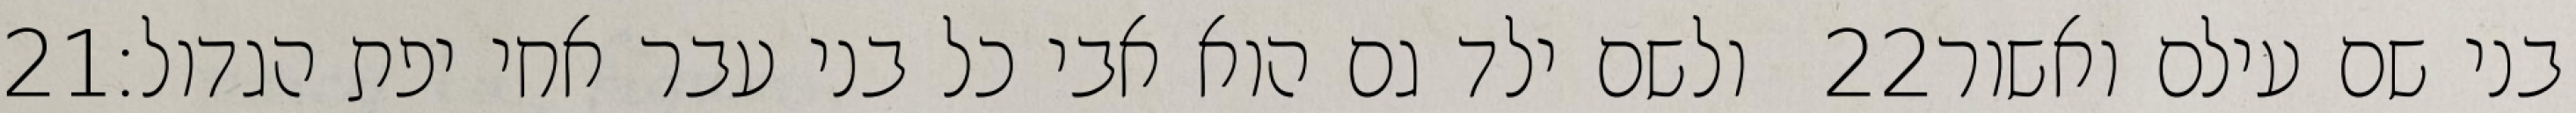
‎21‏ ולשם ילד גם הוא אבי כל בני עבר אחי יפת הגדול׃ ‎22‏ בני שם עילם ואשור